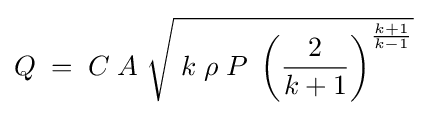
Q\;=\;C\;A\;{\sqrt {\;k\;\rho \;P\;\left({\frac {2}{k+1}}\right)^{\frac {k+1}{k-1}}}}